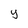
Character: y